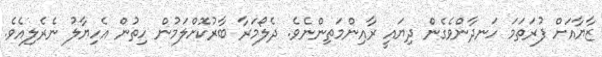
ޒާޔާއަށް ފުރަތަމަ ހަނދާންވެގެން ދިޔައީ ރާއިންމަތިންނެވެ. ދެލޯމަރާ ބާރުކޮށްލަމުން ހިތުން އެހިޔާލު ނެރެލިއެވެ.